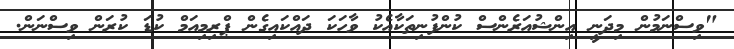
"ވިސްނަމުން މިދަނީ އިންޝުއަރެންސް ކުންފުނިތަކާއެކު ވާހަކަ ދައްކައިގެން ޕްރިމިއަމް ކުޑަ ކުރަން ވިސްނަން.